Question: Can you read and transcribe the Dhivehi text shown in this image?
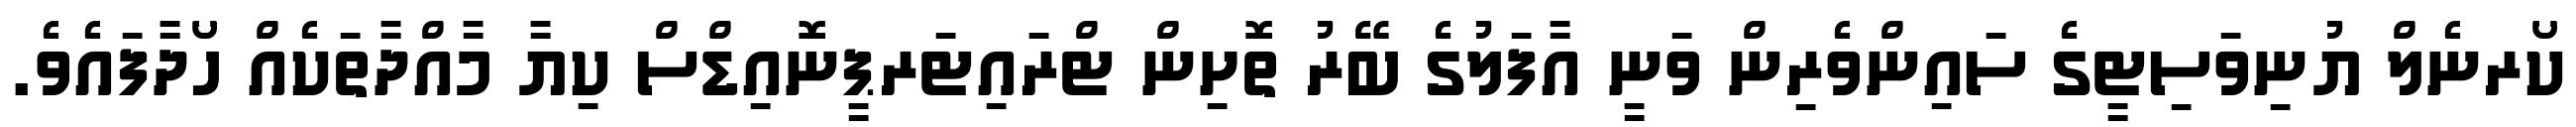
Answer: ކޯރނެލް ޔުނިވަސިޓީގެ ސައިންވެރިން ވަނީ އާފަލުގެ ބޭރު ތޮށިން ޓްރައިޓަރޕީނޮއިޑްސް ކިޔާ މާއްދާތަކެއް ހޯދާފައެވެ.